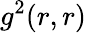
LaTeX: g^{2}(r,r)